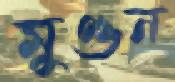
মুণ্ডন